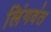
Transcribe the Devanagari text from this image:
लिंगवंत